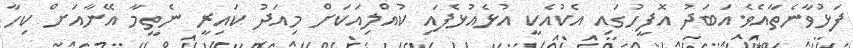
ފަޅުވާނެތާއެވެ.އަބަދު އޮފީހުގައި އެކުއެކީ އުޅެއުޅެފައި ކުއްލިއަކަށް މިއަދު ކައިރީ ނެތީމާ އޭނާއަށް ކިހާ